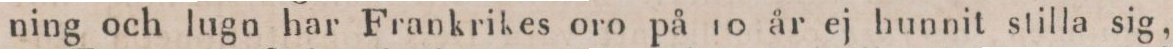
ning och lugn har Frankrikes oro på 10 år ej hunnit stilla sig,